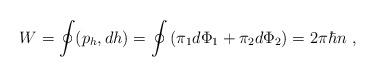
LaTeX: \begin{align*}W =\oint(p_h,dh) = \oint \left(\pi_1d\Phi_1 + \pi_2d\Phi_2\right)=2\pi\hbar n\ ,\end{align*}